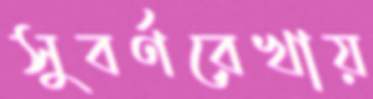
সুবর্ণরেখায়